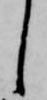
し